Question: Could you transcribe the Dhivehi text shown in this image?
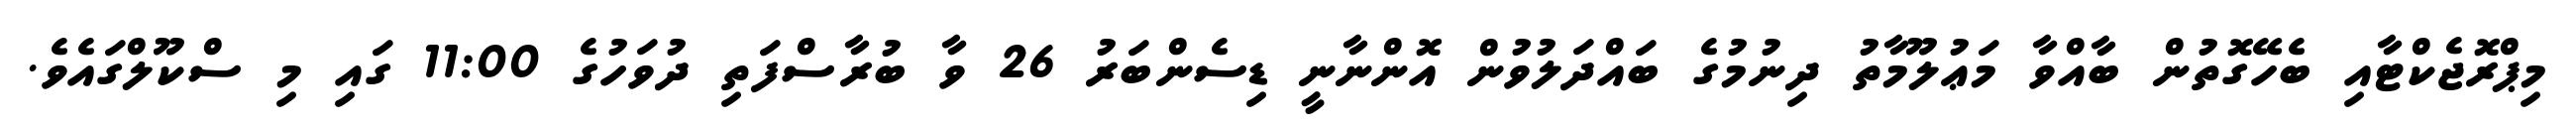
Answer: މިޕްރޮޖެކްޓާއި ބެހޭގޮތުން ބާއްވާ މަޢުލޫމާތު ދިނުމުގެ ބައްދަލުވުން އޮންނާނީ ޑިސެންބަރު 26 ވާ ބުރާސްފަތި ދުވަހުގެ 11:00 ގައި މި ސްކޫލްގައެވެ.